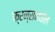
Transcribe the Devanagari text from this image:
फ्रन्समधील